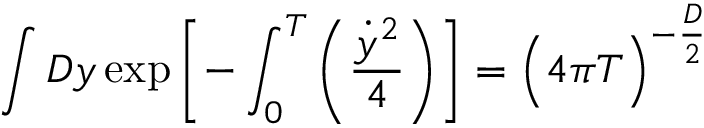
\int { \cal D } y \, \mathrm { e x p } \left[ - \int _ { 0 } ^ { T } \left( { \frac { { \dot { y } } ^ { 2 } } { 4 } } \right) \right] = { \Bigl ( 4 \pi T \Bigr ) } ^ { - { \frac { D } { 2 } } }